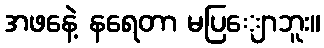
အဖနေဲ့ နရေတာ မပြျောဘူး။